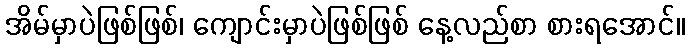
အိမ်မှာပဲဖြစ်ဖြစ်၊ ကျောင်းမှာပဲဖြစ်ဖြစ် နေ့လည်စာ စားရအောင်။